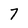
Character: 7